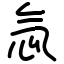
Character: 忥